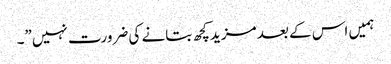
ہمیں اس کے بعد مزید کچھ بتانے کی ضرورت نہیں”۔